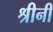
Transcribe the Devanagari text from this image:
श्रीनी